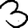
Digit: 3